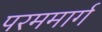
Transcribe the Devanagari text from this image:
परममार्ग